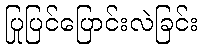
ပြုပြင်ပြောင်းလဲခြင်း